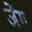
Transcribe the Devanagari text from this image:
ज़ेंग